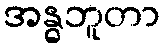
အန္ဓဘူတာ